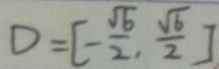
D = [ - \frac { \sqrt { 6 } } { 2 } , \frac { \sqrt { 6 } } { 2 } ]